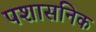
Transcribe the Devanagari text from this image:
पशासनिक